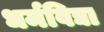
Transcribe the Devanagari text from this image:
धर्मविद्या